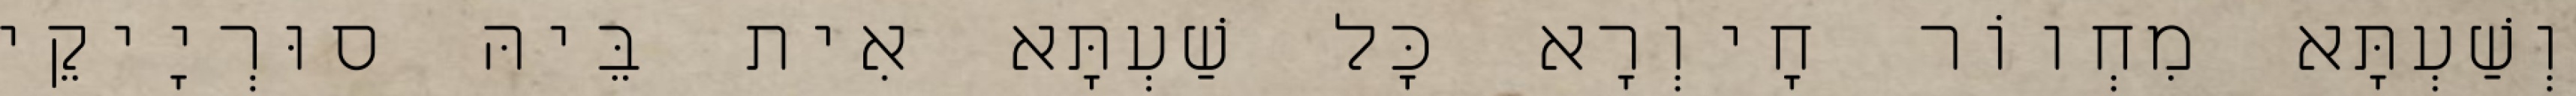
וְשַׁעְתָּא מִחְווֹר חָיוְרָא כָּל שַׁעְתָּא אִית בֵּיהּ סוּרְיָיקֵי